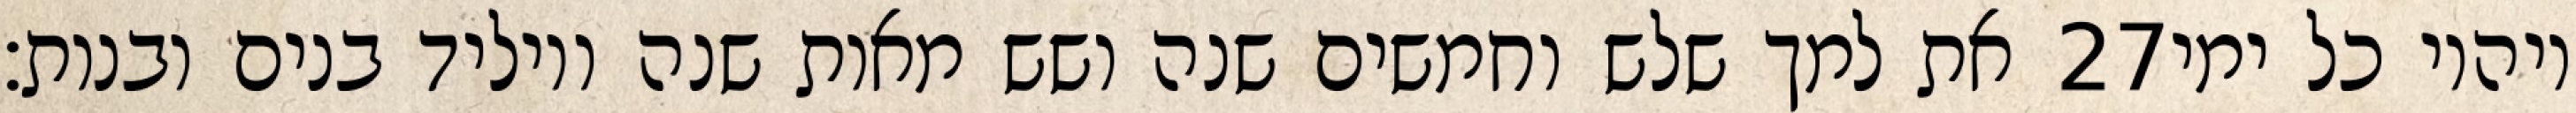
את למך שלש וחמשים שנה ושש מאות שנה ויוליד בנים ובנות׃ ‎27‏ ויהיו כל ימי